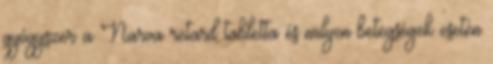
gyógyszer a Narva retard tabletta és milyen betegségek esetén